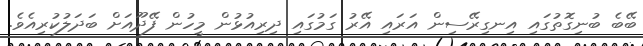
ބޭބެ ބުނިގޮތުގައި އިނގިރޭސިން އަރައި އޭރު ގަމުގައި ދިރިއުޅުން މީހުން ފޭދޫއަށް ބަދަލުކުރިއެވެ.